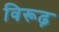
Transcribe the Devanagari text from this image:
विरूढ़